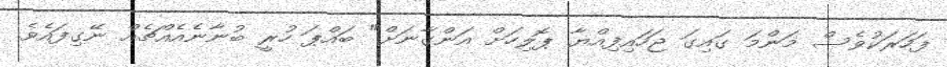
ފަހަރަކުވެސް މަންމަ ގައިގަ ޖަހައިފިއްޔާ ޕޮލިހަށް އަންގާނަށް" ބައްޕަ ހުރީ ބުނާނެއެއްޗެއް ނޭގިފައެވެ.